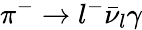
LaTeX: \pi^{-}\rightarrow l^{-}\bar{\nu}_{l}\gamma